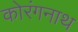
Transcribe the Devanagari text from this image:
कोरंगनाथ